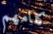
كلامهم